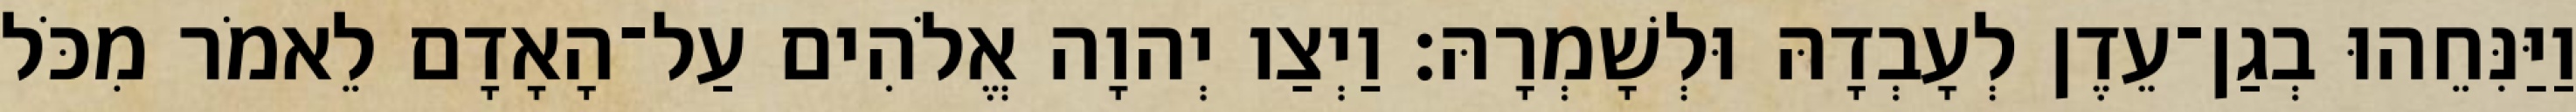
וַיַּנִּחֵהוּ בְגַן־עֵדֶן לְעָבְדָהּ וּלְשָׁמְרָהּ׃ וַיְצַו יְהוָה אֱלֹהִים עַל־הָאָדָם לֵאמֹר מִכֹּל